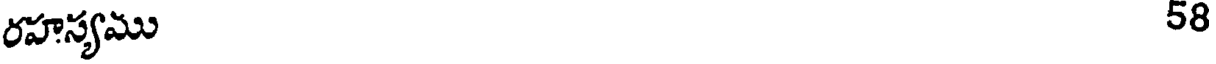
రహస్యము 58